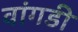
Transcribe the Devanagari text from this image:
वांगडी